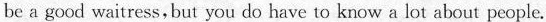
be a good waitress, but you do have to know a lot about people.